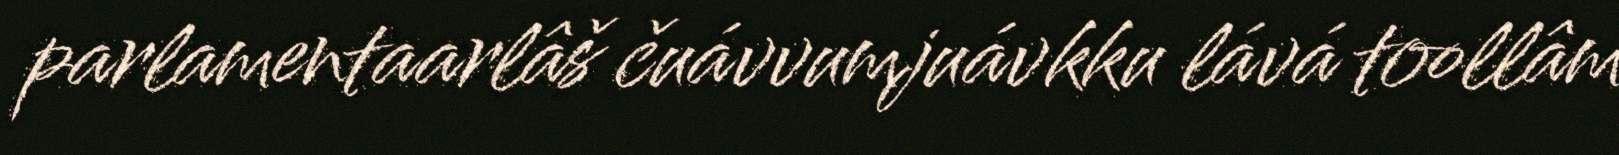
parlamentaarlâš čuávvumjuávkku lává toollâm